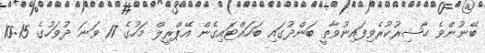
ބޭނުންވެ ޙާޟިރުކުރެވިފައިނުވާތީ ބަންދުގައި ބަހައްޓައިގެން އޭޕްރީލް މަހުގެ 17 ވަނަ ދުވަހުގެ 10:15